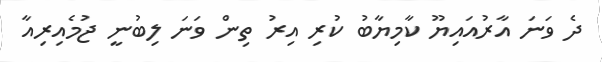
ދެ ވަނަ އާރުއައިޔޫ ކާމިޔާބު ކުރި އިރު ތިން ވަނަ ލިބުނީ ޖުމެއިރިއާ